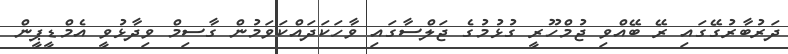
ދަރުބާރުގޭގައި ރޭ ބޭއްވި ޖުމްހޫރީ ގުޅުމުގެ ޖަލްސާގައި ވާހަކަދައްކަވަމުން ގާސިމް ވިދާޅުވީ އެމްޑީޕީން